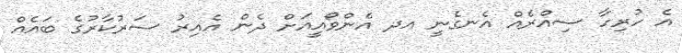
އެ ހުރިހާ ސިއްރެއް އެނގެނީ އދ އެންވޯއީއަށް ދެން އެއިރު ސަރުކާރުގެ ބައެއް